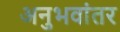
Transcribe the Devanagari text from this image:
अनुभवांतर